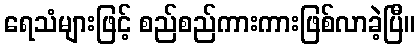
ရေသံများဖြင့် စည်စည်ကားကားဖြစ်လာခဲ့ပြီ။